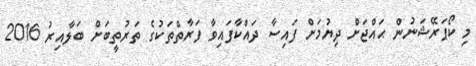
މި ކޯޕަރޭޝަނުން ޙައްޖަށް ދިޔުމަށް ފައިސާ ދައްކާފައިވާ ފަރާތްތަކުގެ ތަރުތީބަށް ބަލާއިރު 2016